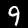
Label: 9